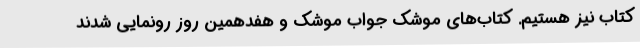
کتاب نیز هستیم. کتاب‌های موشک جواب موشک و هفدهمین روز رونمایی شدند